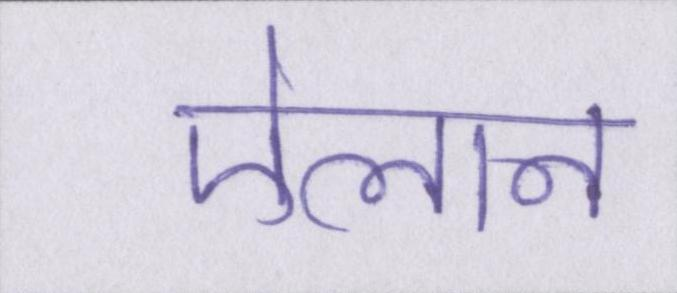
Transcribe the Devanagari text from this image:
ऐलान